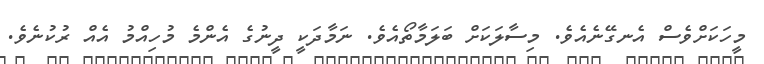
މީހަކަށްވެސް އެނގޭނެއެވެ. މިސާލަކަށް ބަލަމާތޯއެވެ. ނަމާދަކީ ދީނުގެ އެންމެ މުހިއްމު އެއް ރުކުނެވެ.